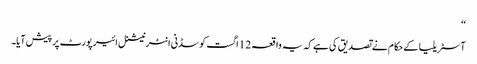
‘‘
آسٹریلیا کے حکام نے تصدیق کی ہے کہ یہ واقعہ 12 اگست کو سڈنی انٹرنیشنل ائیرپورٹ پر پیش آیا۔